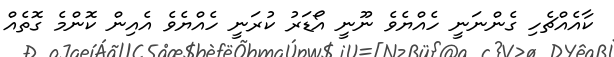
ކާއެއްޗެހި ގެންނަނީ ހެއްޔެވެ ނޫނީ އޯޑަރު ކުރަނީ ހެއްޔެވެ އެއިން ކޮންމެ ގޮތެއް